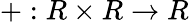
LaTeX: +:R\times R\to R